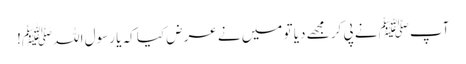
آپﷺ نے پی کر مجھے دیا تو میں نے عرض کیا کہ یا رسول اللہﷺ!